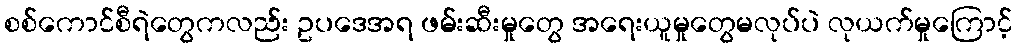
စစ်ကောင်စီရဲတွေကလည်း ဥပဒေအရ ဖမ်းဆီးမှုတွေ အရေးယူမှုတွေမလုပ်ပဲ လုယက်မှုကြောင့်